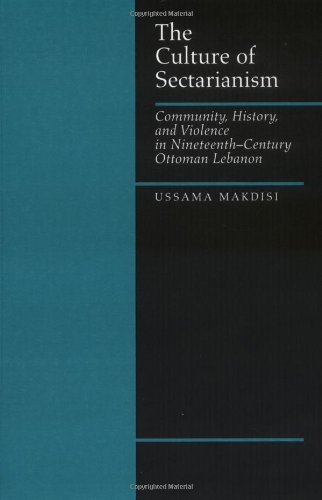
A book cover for The Culture of Sectarianism: Community, History, and Violence in Nineteenth-Century Ottoman Lebanon; Ussama Makdisi; History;